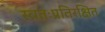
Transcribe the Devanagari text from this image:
स्वतःप्रतिरक्षित